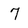
Character: 7